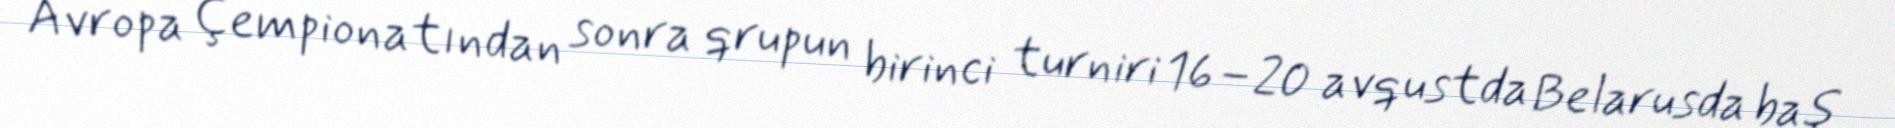
Avropa Çempionatından sonra qrupun birinci turniri 16–20 avqustda Belarusda baş